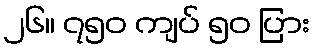
၂၆။ ၇၅၀ ကျပ် ၅၀ ပြား